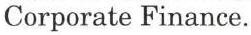
Corporate Finance.